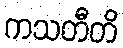
ကသတီတိ